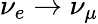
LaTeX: \nu_{e}\rightarrow\nu_{\mu}